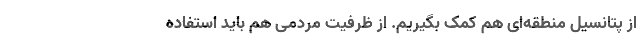
از پتانسیل منطقه‌ای هم کمک بگیریم. از ظرفیت مردمی هم باید استفاده